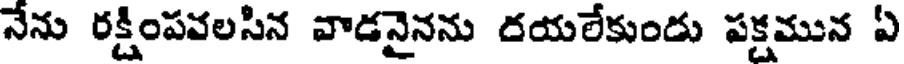
నేను రక్షింపవలసిన వాడనైనను దయలేకుండు పక్షమున ఏ